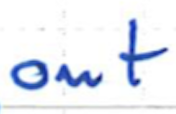
Text: out
Cross-out: clean
Writing tool: ballpoint